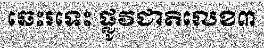
ឆេះរទេះ ផ្លូវជាតិលេខ៣